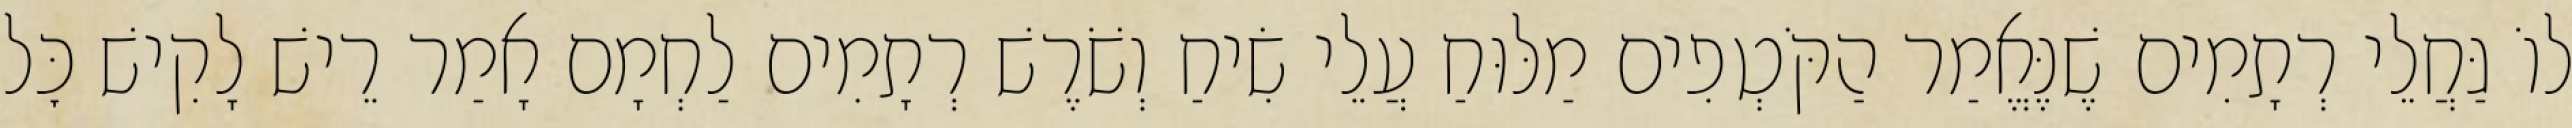
לוֹ גַּחֲלֵי רְתָמִים שֶׁנֶּאֱמַר הַקֹּטְפִים מַלּוּחַ עֲלֵי שִׂיחַ וְשֹׁרֶשׁ רְתָמִים לַחְמָם אָמַר רֵישׁ לָקִישׁ כׇּל